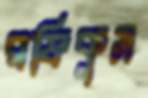
রফিকুস